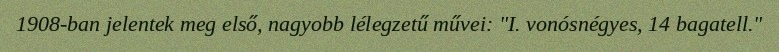
1908-ban jelentek meg első, nagyobb lélegzetű művei: "I. vonósnégyes, 14 bagatell."